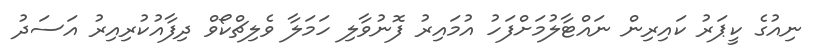
ނިއުގެ ކީޕަރު ކައިރިން ނައްޓާލުމަށްފަހު އުމައިރު ފޮނުވާލި ހަމަލާ ވެލިޗްކޯވް ދިފާއުކުރިއިރު އަސަދު